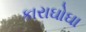
કારાઘોઘા